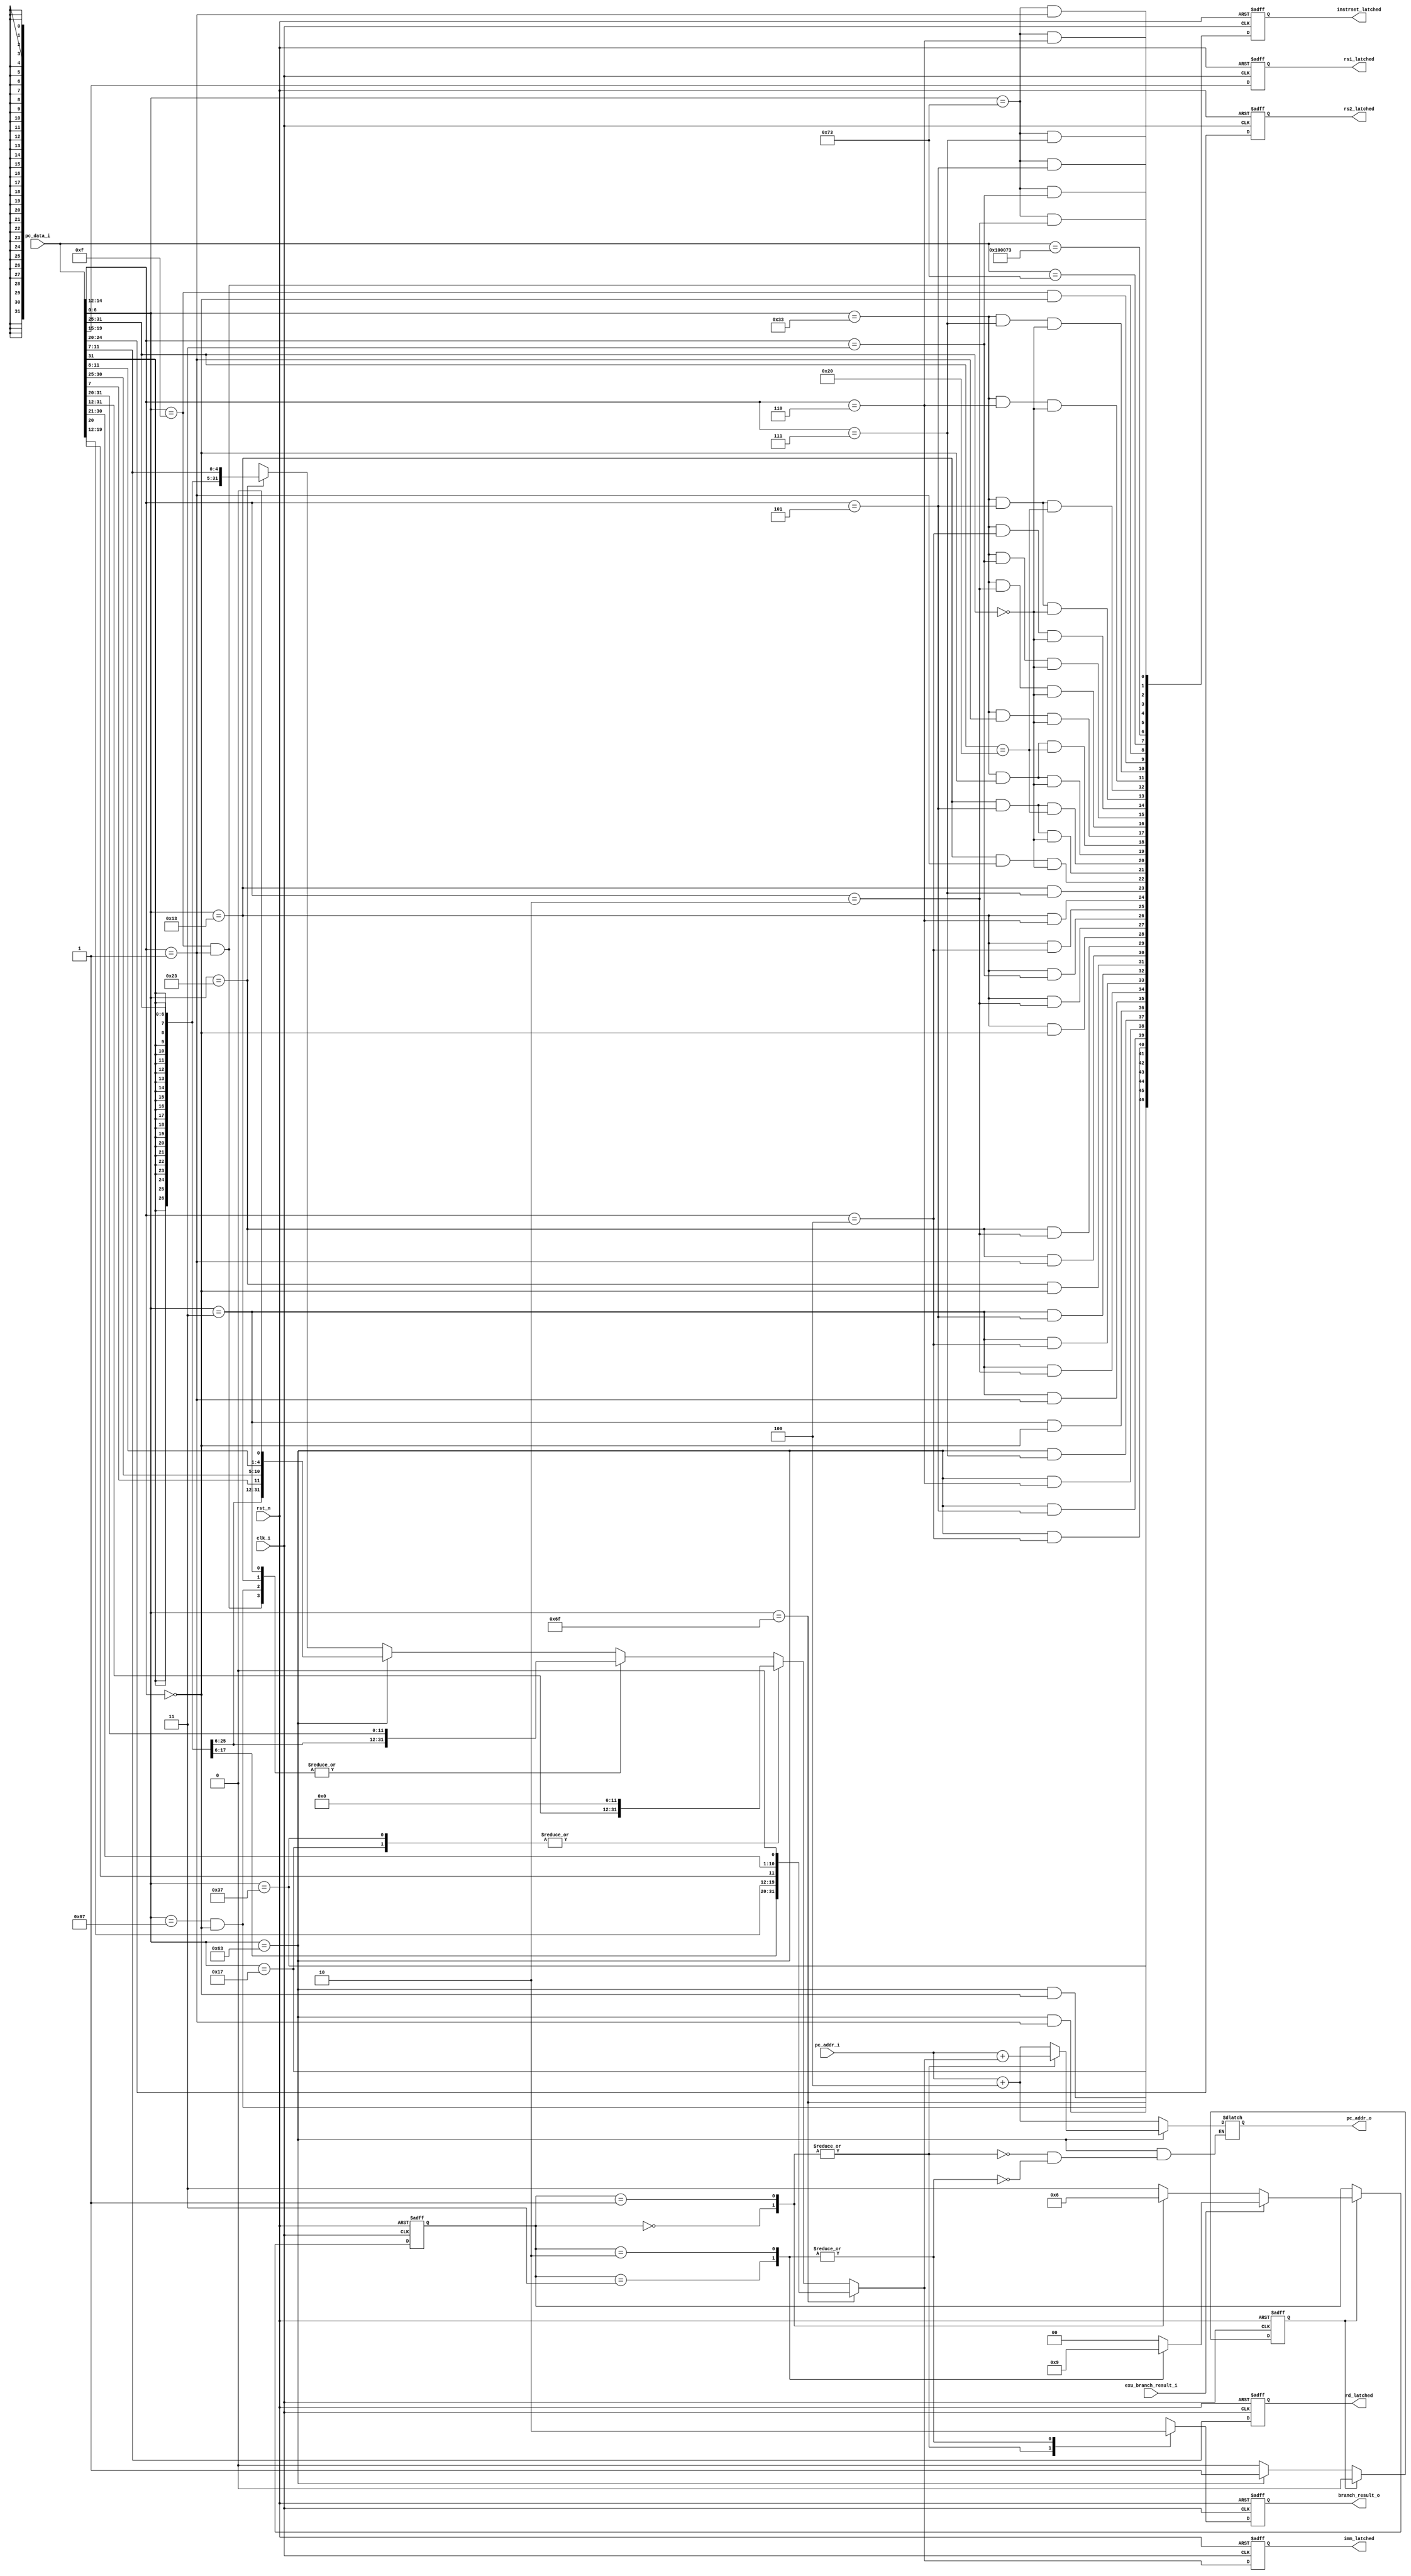
module priRV32_IFU ( 
    input clk_i,
    input rst_n,
    output reg branch_result_o,
    input exu_branch_result_i,
    output [31:0] pc_addr_o,
    input [31:0] pc_data_i,
    input [31:0] pc_addr_i,
    output reg [31:0] imm_latched,
    output reg [4:0] rs1_latched,
    output reg [4:0] rs2_latched,
    output reg [4:0] rd_latched,
    output reg [46:0] instrset_latched
);
    
    localparam STRONG_TOKEN = 2'b00;
    localparam WEAK_TOKEN = 2'b01;
    localparam WEAK_NOTOKEN = 2'b10;
    localparam STRONG_NOTOKEN = 2'b11;
    
    wire is_lb_lh_lw_lbu_lhu, is_csr_access, is_fence_fencei, is_sb_sh_sw;
    wire is_beq_bne_blt_bge_bltu_bgeu, is_alu_reg_imm, is_alu_reg_reg;

    wire instr_lui, instr_auipc, instr_jal, instr_jalr;
    wire instr_beq, instr_bne, instr_blt, instr_bge, instr_bltu, instr_bgeu;
    wire instr_lb, instr_lh, instr_lw, instr_lbu, instr_lhu, instr_sb, instr_sh, instr_sw;
    wire instr_addi, instr_slti, instr_sltiu, instr_xori, instr_ori, instr_andi, instr_slli, instr_srli, instr_srai;
    wire instr_add, instr_sub, instr_sll, instr_slt, instr_sltu, instr_xor, instr_srl, instr_sra, instr_or, instr_and;
    wire instr_fence, instr_fencei, instr_ecall, instr_ebreak;
    wire instr_csrrw, instr_csrrs, instr_csrrc, instr_csrrwi, instr_csrrsi, instr_csrrci;

    reg [31:0]decoded_imm_j, decoded_imm;
    reg [4:0]decoded_rs1, decoded_rs2, decoded_rd;
    reg [1:0]two_bit_saturation_counter;
    reg [31:0] pc_addr_predict;
    reg branch_result, is_last_branch_instr;

    wire [31:0] decoder_datafetch_reg;
    wire [46:0] instruction_set;
    assign decoder_datafetch_reg = pc_data_i;
    
    assign is_beq_bne_blt_bge_bltu_bgeu = decoder_datafetch_reg[6:0] == 7'b1100011;
    assign is_lb_lh_lw_lbu_lhu          = decoder_datafetch_reg[6:0] == 7'b0000011;
    assign is_sb_sh_sw                  = decoder_datafetch_reg[6:0] == 7'b0100011;
    assign is_alu_reg_imm               = decoder_datafetch_reg[6:0] == 7'b0010011;
    assign is_alu_reg_reg               = decoder_datafetch_reg[6:0] == 7'b0110011;
    assign is_csr_access                = decoder_datafetch_reg[6:0] == 7'b1110011;
    assign is_fence_fencei              = decoder_datafetch_reg[6:0] == 7'b0001111;
    
    assign instr_lui                    = decoder_datafetch_reg[6:0] == 7'b0110111;
    assign instr_auipc                  = decoder_datafetch_reg[6:0] == 7'b0010111;
    assign instr_jal                    = decoder_datafetch_reg[6:0] == 7'b1101111;
    assign instr_jalr                   = decoder_datafetch_reg[6:0] == 7'b1100111 && decoder_datafetch_reg[14:12] == 3'b000;

    assign instr_beq  = is_beq_bne_blt_bge_bltu_bgeu && decoder_datafetch_reg[14:12] == 3'b000;
    assign instr_bne  = is_beq_bne_blt_bge_bltu_bgeu && decoder_datafetch_reg[14:12] == 3'b001;
    assign instr_blt  = is_beq_bne_blt_bge_bltu_bgeu && decoder_datafetch_reg[14:12] == 3'b100;
    assign instr_bge  = is_beq_bne_blt_bge_bltu_bgeu && decoder_datafetch_reg[14:12] == 3'b101;
    assign instr_bltu = is_beq_bne_blt_bge_bltu_bgeu && decoder_datafetch_reg[14:12] == 3'b110;
    assign instr_bgeu = is_beq_bne_blt_bge_bltu_bgeu && decoder_datafetch_reg[14:12] == 3'b111;
    
    assign instr_lb  = is_lb_lh_lw_lbu_lhu && decoder_datafetch_reg[14:12] == 3'b000;
    assign instr_lh  = is_lb_lh_lw_lbu_lhu && decoder_datafetch_reg[14:12] == 3'b001;
    assign instr_lw  = is_lb_lh_lw_lbu_lhu && decoder_datafetch_reg[14:12] == 3'b010;
    assign instr_lbu = is_lb_lh_lw_lbu_lhu && decoder_datafetch_reg[14:12] == 3'b100;
    assign instr_lhu = is_lb_lh_lw_lbu_lhu && decoder_datafetch_reg[14:12] == 3'b101;
    
    assign instr_sb = is_sb_sh_sw && decoder_datafetch_reg[14:12] == 3'b000;
    assign instr_sh = is_sb_sh_sw && decoder_datafetch_reg[14:12] == 3'b001;
    assign instr_sw = is_sb_sh_sw && decoder_datafetch_reg[14:12] == 3'b010;
    
    assign instr_addi  = is_alu_reg_imm && decoder_datafetch_reg[14:12] == 3'b000;
    assign instr_slti  = is_alu_reg_imm && decoder_datafetch_reg[14:12] == 3'b010;
    assign instr_sltiu = is_alu_reg_imm && decoder_datafetch_reg[14:12] == 3'b011;
    assign instr_xori  = is_alu_reg_imm && decoder_datafetch_reg[14:12] == 3'b100;
    assign instr_ori   = is_alu_reg_imm && decoder_datafetch_reg[14:12] == 3'b110;
    assign instr_andi  = is_alu_reg_imm && decoder_datafetch_reg[14:12] == 3'b111;
    
    assign instr_slli = is_alu_reg_imm && decoder_datafetch_reg[14:12] == 3'b001 && decoder_datafetch_reg[31:25] == 7'b0000000;
    assign instr_srli = is_alu_reg_imm && decoder_datafetch_reg[14:12] == 3'b101 && decoder_datafetch_reg[31:25] == 7'b0000000;
    assign instr_srai = is_alu_reg_imm && decoder_datafetch_reg[14:12] == 3'b101 && decoder_datafetch_reg[31:25] == 7'b0100000;
    
    assign instr_add  = is_alu_reg_reg && decoder_datafetch_reg[14:12] == 3'b000 && decoder_datafetch_reg[31:25] == 7'b0000000;
    assign instr_sub  = is_alu_reg_reg && decoder_datafetch_reg[14:12] == 3'b000 && decoder_datafetch_reg[31:25] == 7'b0100000;
    assign instr_sll  = is_alu_reg_reg && decoder_datafetch_reg[14:12] == 3'b001 && decoder_datafetch_reg[31:25] == 7'b0000000;
    assign instr_slt  = is_alu_reg_reg && decoder_datafetch_reg[14:12] == 3'b010 && decoder_datafetch_reg[31:25] == 7'b0000000;
    assign instr_sltu = is_alu_reg_reg && decoder_datafetch_reg[14:12] == 3'b011 && decoder_datafetch_reg[31:25] == 7'b0000000;
    assign instr_xor  = is_alu_reg_reg && decoder_datafetch_reg[14:12] == 3'b100 && decoder_datafetch_reg[31:25] == 7'b0000000;
    assign instr_srl  = is_alu_reg_reg && decoder_datafetch_reg[14:12] == 3'b101 && decoder_datafetch_reg[31:25] == 7'b0000000;
    assign instr_sra  = is_alu_reg_reg && decoder_datafetch_reg[14:12] == 3'b101 && decoder_datafetch_reg[31:25] == 7'b0100000;
    assign instr_or   = is_alu_reg_reg && decoder_datafetch_reg[14:12] == 3'b110 && decoder_datafetch_reg[31:25] == 7'b0000000;
    assign instr_and  = is_alu_reg_reg && decoder_datafetch_reg[14:12] == 3'b111 && decoder_datafetch_reg[31:25] == 7'b0000000;
    
    assign instr_ecall  = decoder_datafetch_reg == 32'b00000000000000000000000001110011;
    assign instr_ebreak = decoder_datafetch_reg == 32'b00000000000100000000000001110011;
    
    assign instr_fence  = is_fence_fencei && decoder_datafetch_reg[14:12] == 3'b000;
    assign instr_fencei = is_fence_fencei && decoder_datafetch_reg[14:12] == 3'b001;
    
    assign instr_csrrw  = is_csr_access && decoder_datafetch_reg[14:12] == 3'b001;
    assign instr_csrrs  = is_csr_access && decoder_datafetch_reg[14:12] == 3'b010;
    assign instr_csrrc  = is_csr_access && decoder_datafetch_reg[14:12] == 3'b011;
    assign instr_csrrwi = is_csr_access && decoder_datafetch_reg[14:12] == 3'b101;
    assign instr_csrrsi = is_csr_access && decoder_datafetch_reg[14:12] == 3'b110;
    assign instr_csrrci = is_csr_access && decoder_datafetch_reg[14:12] == 3'b111;

    assign instruction_set =    {instr_lui, instr_auipc, instr_jal, instr_jalr, instr_beq, instr_bne, instr_blt, instr_bge
                                , instr_bltu, instr_bgeu, instr_lb, instr_lh, instr_lw, instr_lbu, instr_lhu, instr_sb, instr_sh
                                , instr_sw, instr_addi, instr_slti, instr_sltiu, instr_xori, instr_ori, instr_andi, instr_slli
                                , instr_srli, instr_srai, instr_add, instr_sub, instr_sll, instr_slt, instr_sltu, instr_xor
                                , instr_srl, instr_sra, instr_or, instr_and, instr_fence, instr_fencei, instr_ecall
                                , instr_ebreak, instr_csrrw, instr_csrrs, instr_csrrc, instr_csrrwi, instr_csrrsi, instr_csrrci};

    always @(*) begin
        { decoded_imm_j[31:20], decoded_imm_j[10:1], decoded_imm_j[11], decoded_imm_j[19:12], decoded_imm_j[0] }
 		<= $signed({decoder_datafetch_reg[31:12], 1'b0});
        
        decoded_rd  <= decoder_datafetch_reg[11:7];
        decoded_rs1 <= decoder_datafetch_reg[19:15];
        decoded_rs2 <= decoder_datafetch_reg[24:20];
        
        case (1'b1)
            instr_jal:
                decoded_imm <= decoded_imm_j;
            |{instr_lui, instr_auipc}:
                decoded_imm <= decoder_datafetch_reg[31:12] << 12;
            |{instr_jalr, is_lb_lh_lw_lbu_lhu, is_alu_reg_imm, instr_fencei}:
                decoded_imm <= $signed(decoder_datafetch_reg[31:20]);
            is_beq_bne_blt_bge_bltu_bgeu:
                decoded_imm <= $signed({decoder_datafetch_reg[31], decoder_datafetch_reg[7],
                decoder_datafetch_reg[30:25], decoder_datafetch_reg[11:8], 1'b0});
            is_sb_sh_sw:
                decoded_imm <= $signed({decoder_datafetch_reg[31:25], decoder_datafetch_reg[11:7]});
            default:
                decoded_imm <= 'bx;
        endcase
    end
    
    assign pc_addr_o = pc_addr_predict;
    always @(*) begin
        case (1'b1)
            is_beq_bne_blt_bge_bltu_bgeu: begin
                case (1'b1)
                    |{two_bit_saturation_counter == STRONG_TOKEN, two_bit_saturation_counter == WEAK_TOKEN}:
                        pc_addr_predict <= pc_addr_i + decoded_imm;
                    |{two_bit_saturation_counter == STRONG_NOTOKEN, two_bit_saturation_counter == WEAK_NOTOKEN}:
                        pc_addr_predict <= pc_addr_i + 32'd4;
                endcase
            end
            default:
                pc_addr_predict <= pc_addr_i + 32'd4;
        endcase
    end

    always @(*) begin
        case (two_bit_saturation_counter)
            STRONG_TOKEN:
                branch_result = 1;
            WEAK_TOKEN: 
                branch_result = 1;
            STRONG_NOTOKEN:
                branch_result = 0;
            WEAK_NOTOKEN:
                branch_result = 0;
        endcase
    end

    always @(negedge clk_i or negedge rst_n) begin
        if(rst_n == 1'b0) begin
            two_bit_saturation_counter <= 2'b00;
            is_last_branch_instr <= 1'b0;
        end else begin
            if (is_last_branch_instr == 1'b1) begin
                is_last_branch_instr <= 1'b0;
                if (exu_branch_result_i == 1'b0) begin
                    case (two_bit_saturation_counter)
                        STRONG_TOKEN:
                            two_bit_saturation_counter <= WEAK_TOKEN;
                        WEAK_TOKEN:
                            two_bit_saturation_counter <= WEAK_NOTOKEN;
                        default:
                            two_bit_saturation_counter <= STRONG_NOTOKEN;
                    endcase
                end else begin
                    case (two_bit_saturation_counter)
                        STRONG_NOTOKEN:
                            two_bit_saturation_counter <= WEAK_NOTOKEN;
                        WEAK_NOTOKEN:
                            two_bit_saturation_counter <= WEAK_TOKEN;
                        default:
                            two_bit_saturation_counter <= STRONG_TOKEN;
                    endcase
                end
            end else if(is_beq_bne_blt_bge_bltu_bgeu == 1'b1) begin
                is_last_branch_instr <= 1'b1;
            end else begin
                is_last_branch_instr <= is_last_branch_instr;
            end
        end
    end

    always @(negedge clk_i or negedge rst_n) begin
        if(rst_n == 1'b0) begin
            imm_latched <= 32'h00000000;
            rs1_latched <= 5'b00000;
            rs2_latched <= 5'b00000;
            rd_latched  <= 5'b00000;
            branch_result_o <= 1'b0;
            instrset_latched <= 47'h00000000;
        end else begin
            imm_latched <= decoded_imm;
            rs1_latched <= decoded_rs1;
            rs2_latched <= decoded_rs2;
            rd_latched  <= decoded_rd;
            branch_result_o <= branch_result;
            instrset_latched <= instruction_set;
        end
    end

endmodule